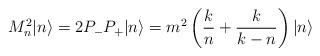
LaTeX: \begin{align*}M^2_n | n \rangle = 2 P_- P_+ | n \rangle = {m^2 } \left( {k \over n} + {k\over k-n} \right) | n \rangle \end{align*}